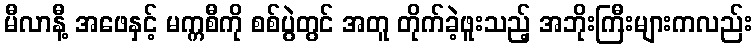
မီလာနီ့ အဖေနှင့် မက္ကစီကို စစ်ပွဲတွင် အတူ တိုက်ခဲ့ဖူးသည့် အဘိုးကြီးများကလည်း